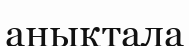
анықтала